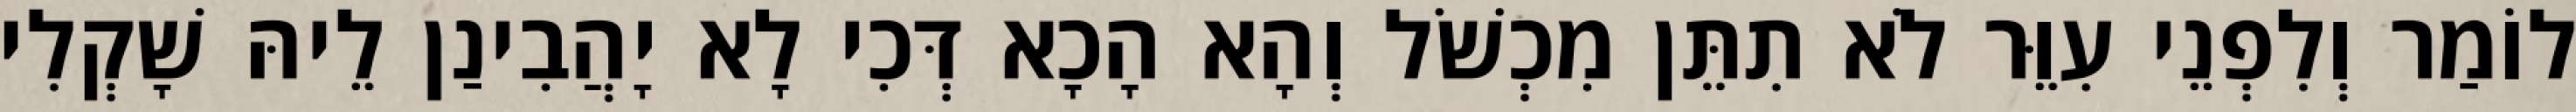
לוֹמַר וְלִפְנֵי עִוֵּר לֹא תִתֵּן מִכְשֹׁל וְהָא הָכָא דְּכִי לָא יָהֲבִינַן לֵיהּ שָׁקְלִי